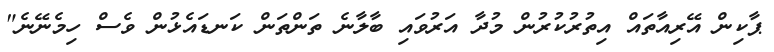
ޕާކިން އޭރިއާތައް އިތުރުކުރުން މުދާ އަރުވައި ބާލާނެ ތަންތަން ކަނޑައެޅުން ވެސް ހިމެނޭނެ"